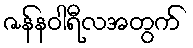
ဇန်နဝါရီလအတွက်